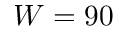
W = 9 0